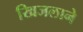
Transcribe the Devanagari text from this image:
खिजलाने